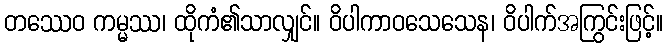
တဿေဝ ကမ္မဿ၊ ထိုကံ၏သာလျှင်။ ဝိပါကာဝသေသေန၊ ဝိပါက်အကြွင်းဖြင့်။